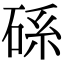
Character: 𥒶